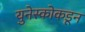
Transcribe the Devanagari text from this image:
युनेस्कोकडून